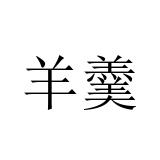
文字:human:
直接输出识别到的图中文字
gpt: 羊羹